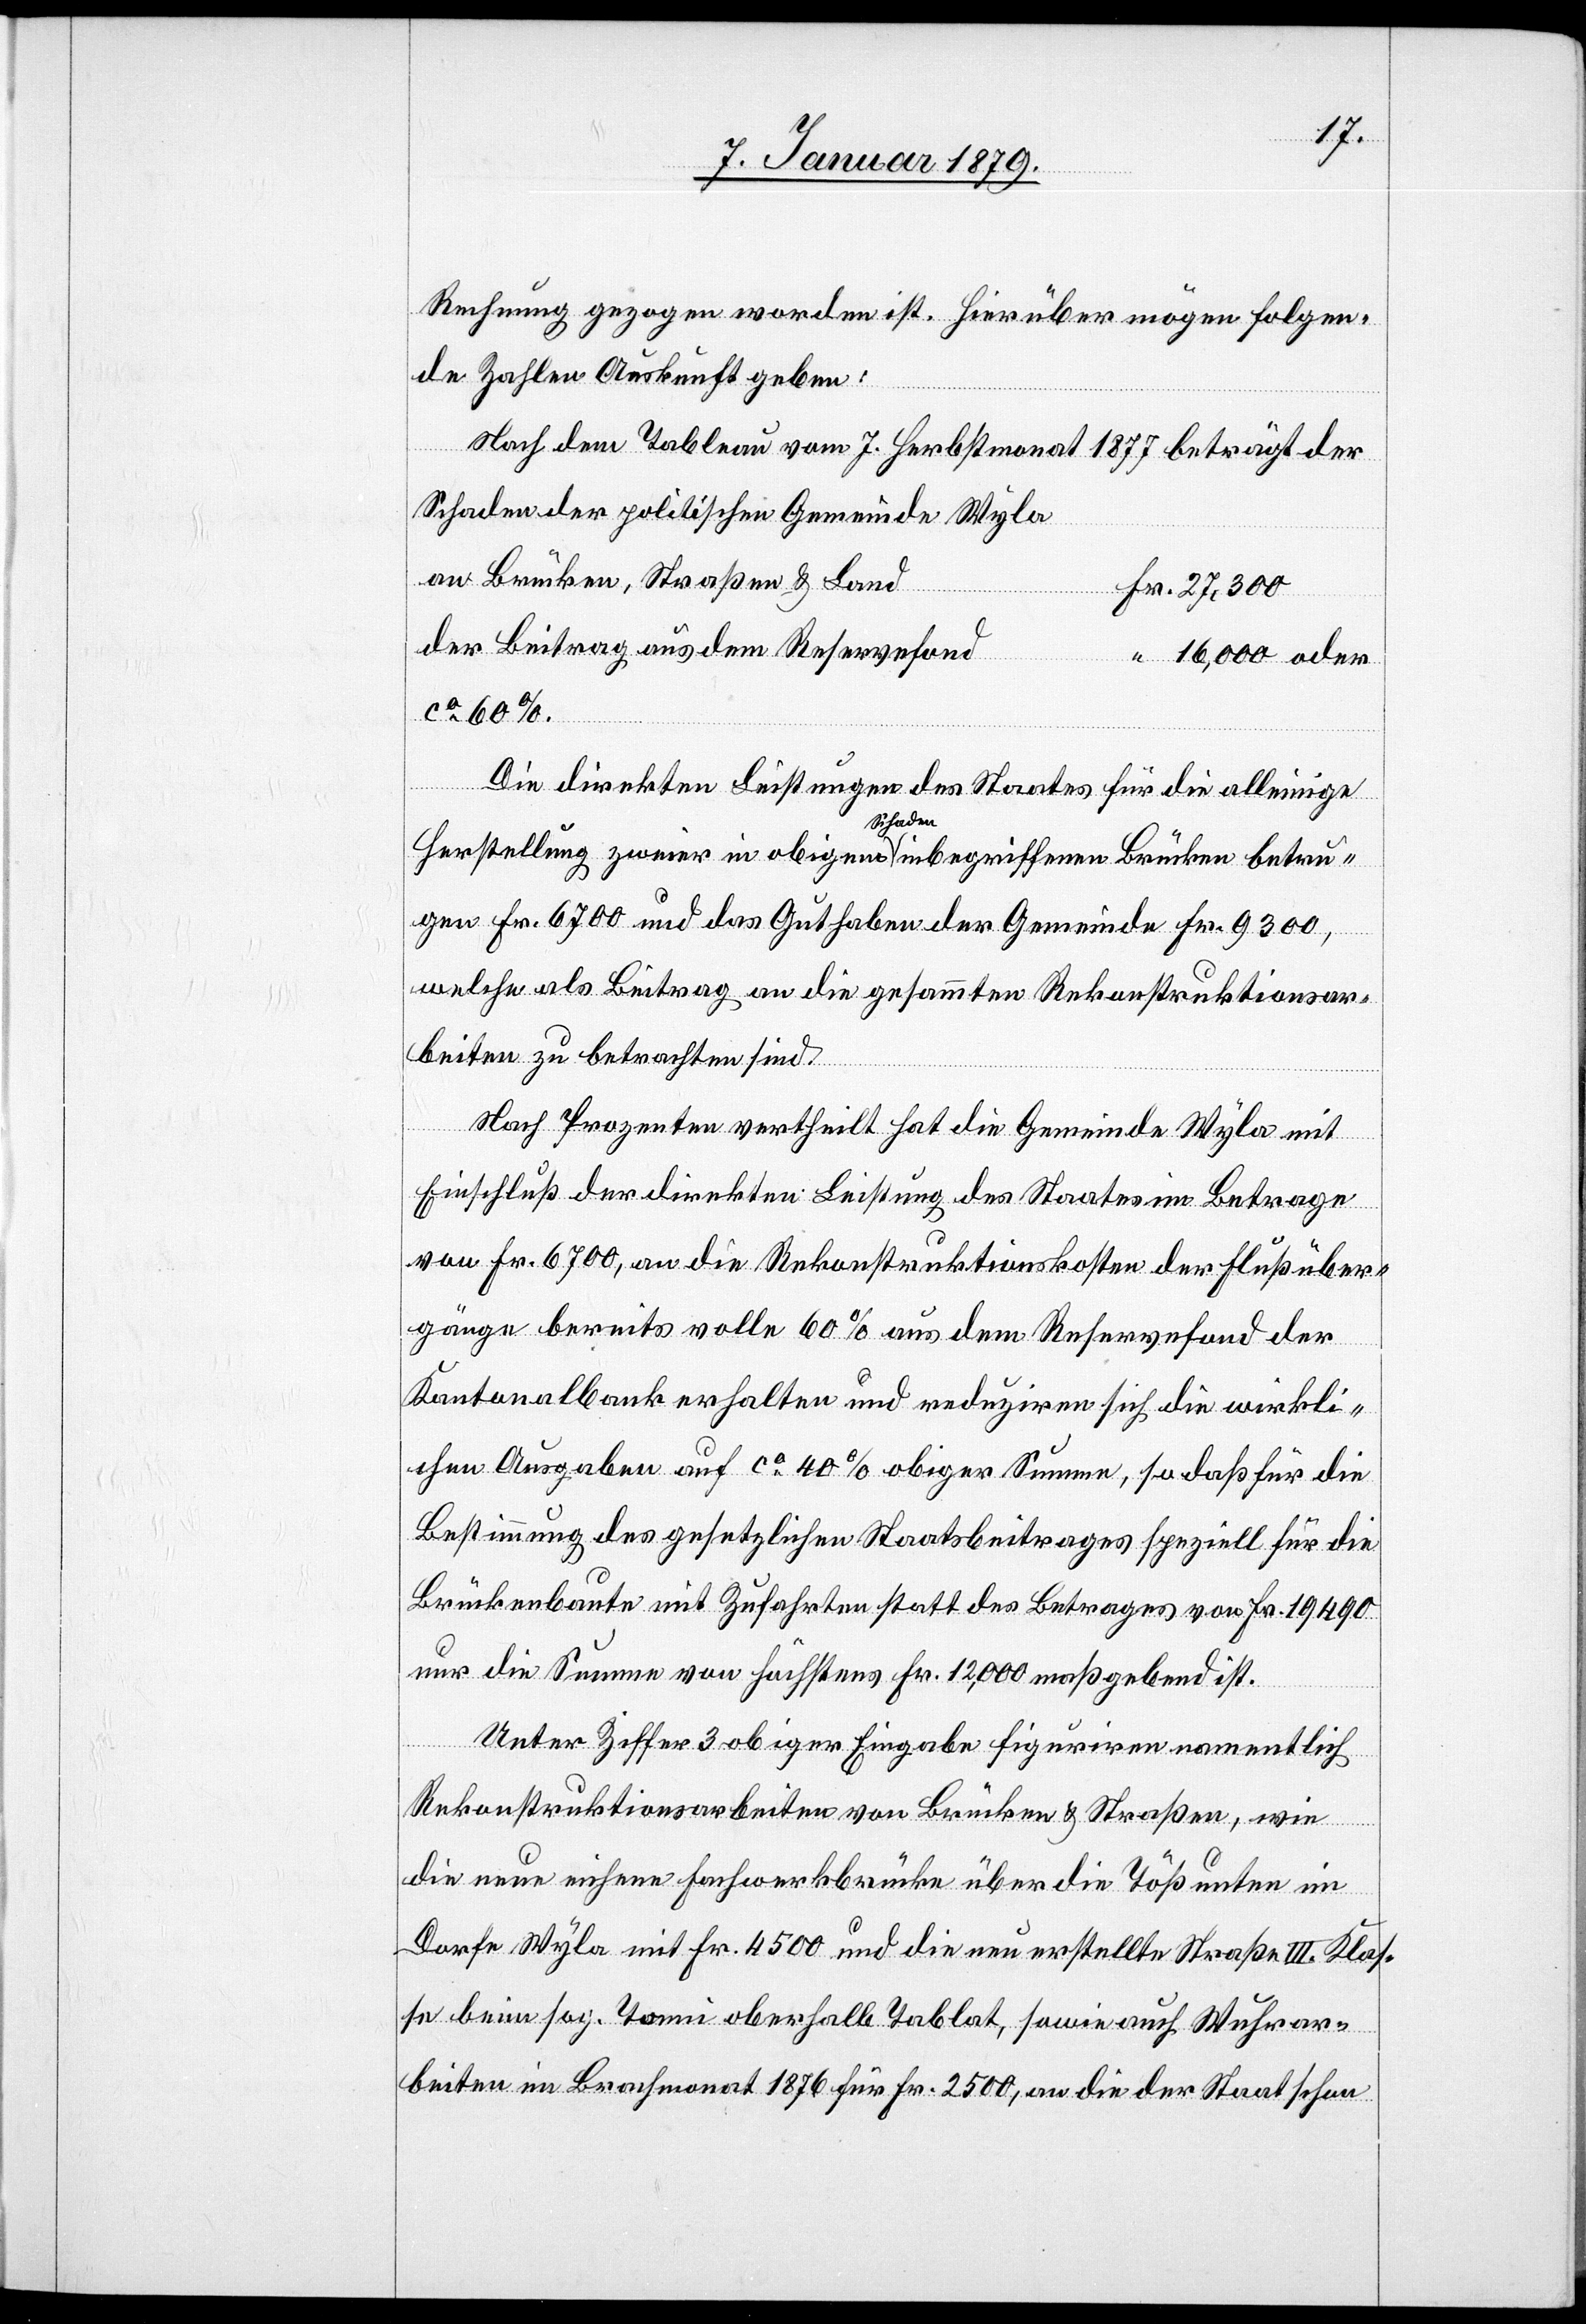
betru¬
Rechnung gezogen worden ist. Hierüber mögen folgen¬
de Zahlen Auskunft geben:
Nach dem Tableau vom 7. Herbstmonat 1877 beträgt der
Schaden der politischen Gemeinde Wyla
an Brücken, Straßen & Lan¬
d	Fr. 27,300
der Beitrag aus dem Reservefond	 “ 16,000 oder
ca 60%.
Die direkten Leistungen des Staates für die alleinige
a-Schaden-a
gen Fr. 6700 und das Guthaben der Gemeinde Fr. 9300,
welche als Beitrag an die gesammten Rekonstruktionsar¬
beiten zu betrachten sind.
Nach Prozenten vertheilt hat die Gemeinde Wyla mit
Einschluß der direkten Leistung des Staates im Betrage
von Fr. 6700, an die Rekonstruktionskosten der Flußüber¬
gänge bereits volle 60% aus dem Reservefond der
ind.
Kantonalbank erhalten und reduziren sich die wirkli¬
chen Ausgaben auf ca 40% obiger Summe, so daß für die
Bestimmung des gesetzlichen Staatsbeitrages speziell für die
Brückenbaute mit Zufahrten statt des Betrages von Fr. 19 490
nur die Summe von höchstens Fr. 12,000 maßgebend s¬
Unter Ziffer 3 obiger Eingabe figuriren namentlich
Rekonstruktionsarbeiten von Brücken & Straßen, wie
die neue eichene Fachwerkbrücke über die Töß unten im
Dorfe Wyla mit Fr. 4500 und die neu erstellte Straße III. Klas¬
se beim sog. Tonni oberhalb Tablat, sowie auch Wuhrar¬
beiten im Brachmonat 1876 für Fr. 2500, an die der Staat schon